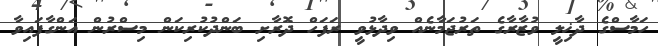
ހަމާސްގެ ދާޚިލީ ވުޒާރާގެ ތަރުޖަމާނެއް ވިދާޅުވީ ރަފަހް ދޮރާށި ބަންދުކުރިކަން މިސްރުން އަންގާފައިވާ